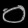
Digit: ၀